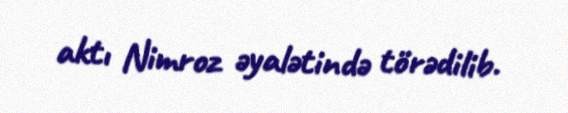
aktı Nimroz əyalətində törədilib.